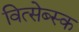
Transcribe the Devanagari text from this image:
वित्सेब्स्क